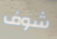
شوف